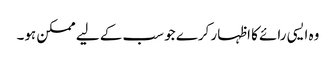
وہ ایسی رائے کا اظہار کرے جو سب کے لیے ممکن ہو۔